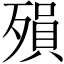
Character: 殞